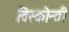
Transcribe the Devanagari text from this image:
विस्कोन्ती